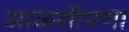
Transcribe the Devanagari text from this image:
आळशीपणा